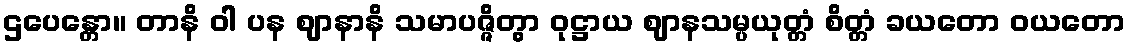
ဌပေန္တော။ တာနိ ဝါ ပန ဈာနာနိ သမာပဇ္ဇိတွာ ဝုဋ္ဌာယ ဈာနသမ္ပယုတ္တံ စိတ္တံ ခယတော ဝယတော